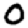
Digit: 0